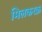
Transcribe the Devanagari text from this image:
मिलकरक़